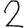
Digit: 2